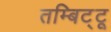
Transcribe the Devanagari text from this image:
तम्बिट्टू